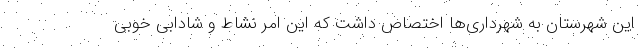
این شهرستان به شهرداری‌ها اختصاص داشت که این امر نشاط و شادابی خوبی